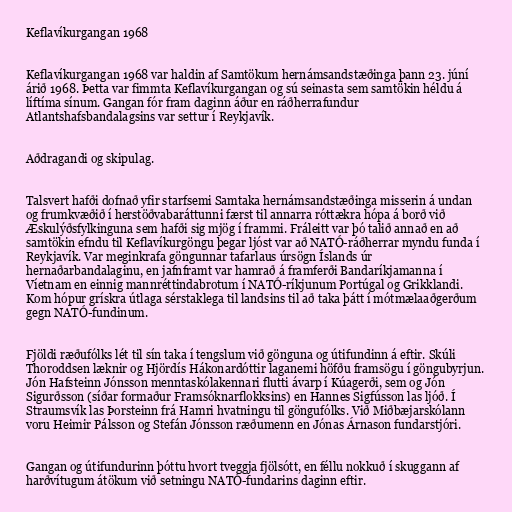
Keflavíkurgangan 1968

Keflavíkurgangan 1968 var haldin af Samtökum hernámsandstæðinga þann 23. júní
árið 1968. Þetta var fimmta Keflavíkurgangan og sú seinasta sem samtökin héldu á
líftíma sínum. Gangan fór fram daginn áður en ráðherrafundur
Atlantshafsbandalagsins var settur í Reykjavík.

Aðdragandi og skipulag.

Talsvert hafði dofnað yfir starfsemi Samtaka hernámsandstæðinga misserin á undan
og frumkvæðið í herstöðvabaráttunni færst til annarra róttækra hópa á borð við
Æskulýðsfylkinguna sem hafði sig mjög í frammi. Fráleitt var þó talið annað en að
samtökin efndu til Keflavíkurgöngu þegar ljóst var að NATÓ-ráðherrar myndu funda í
Reykjavík. Var meginkrafa göngunnar tafarlaus úrsögn Íslands úr
hernaðarbandalaginu, en jafnframt var hamrað á framferði Bandaríkjamanna í
Víetnam en einnig mannréttindabrotum í NATÓ-ríkjunum Portúgal og Grikklandi.
Kom hópur grískra útlaga sérstaklega til landsins til að taka þátt í mótmælaaðgerðum
gegn NATÓ-fundinum.

Fjöldi ræðufólks lét til sín taka í tengslum við gönguna og útifundinn á eftir. Skúli
Thoroddsen læknir og Hjördís Hákonardóttir laganemi höfðu framsögu í göngubyrjun.
Jón Hafsteinn Jónsson menntaskólakennari flutti ávarp í Kúagerði, sem og Jón
Sigurðsson (síðar formaður Framsóknarflokksins) en Hannes Sigfússon las ljóð. Í
Straumsvík las Þorsteinn frá Hamri hvatningu til göngufólks. Við Miðbæjarskólann
voru Heimir Pálsson og Stefán Jónsson ræðumenn en Jónas Árnason fundarstjóri.

Gangan og útifundurinn þóttu hvort tveggja fjölsótt, en féllu nokkuð í skuggann af
harðvítugum átökum við setningu NATÓ-fundarins daginn eftir.